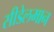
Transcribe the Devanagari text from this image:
सीडेलमान